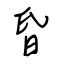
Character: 昏